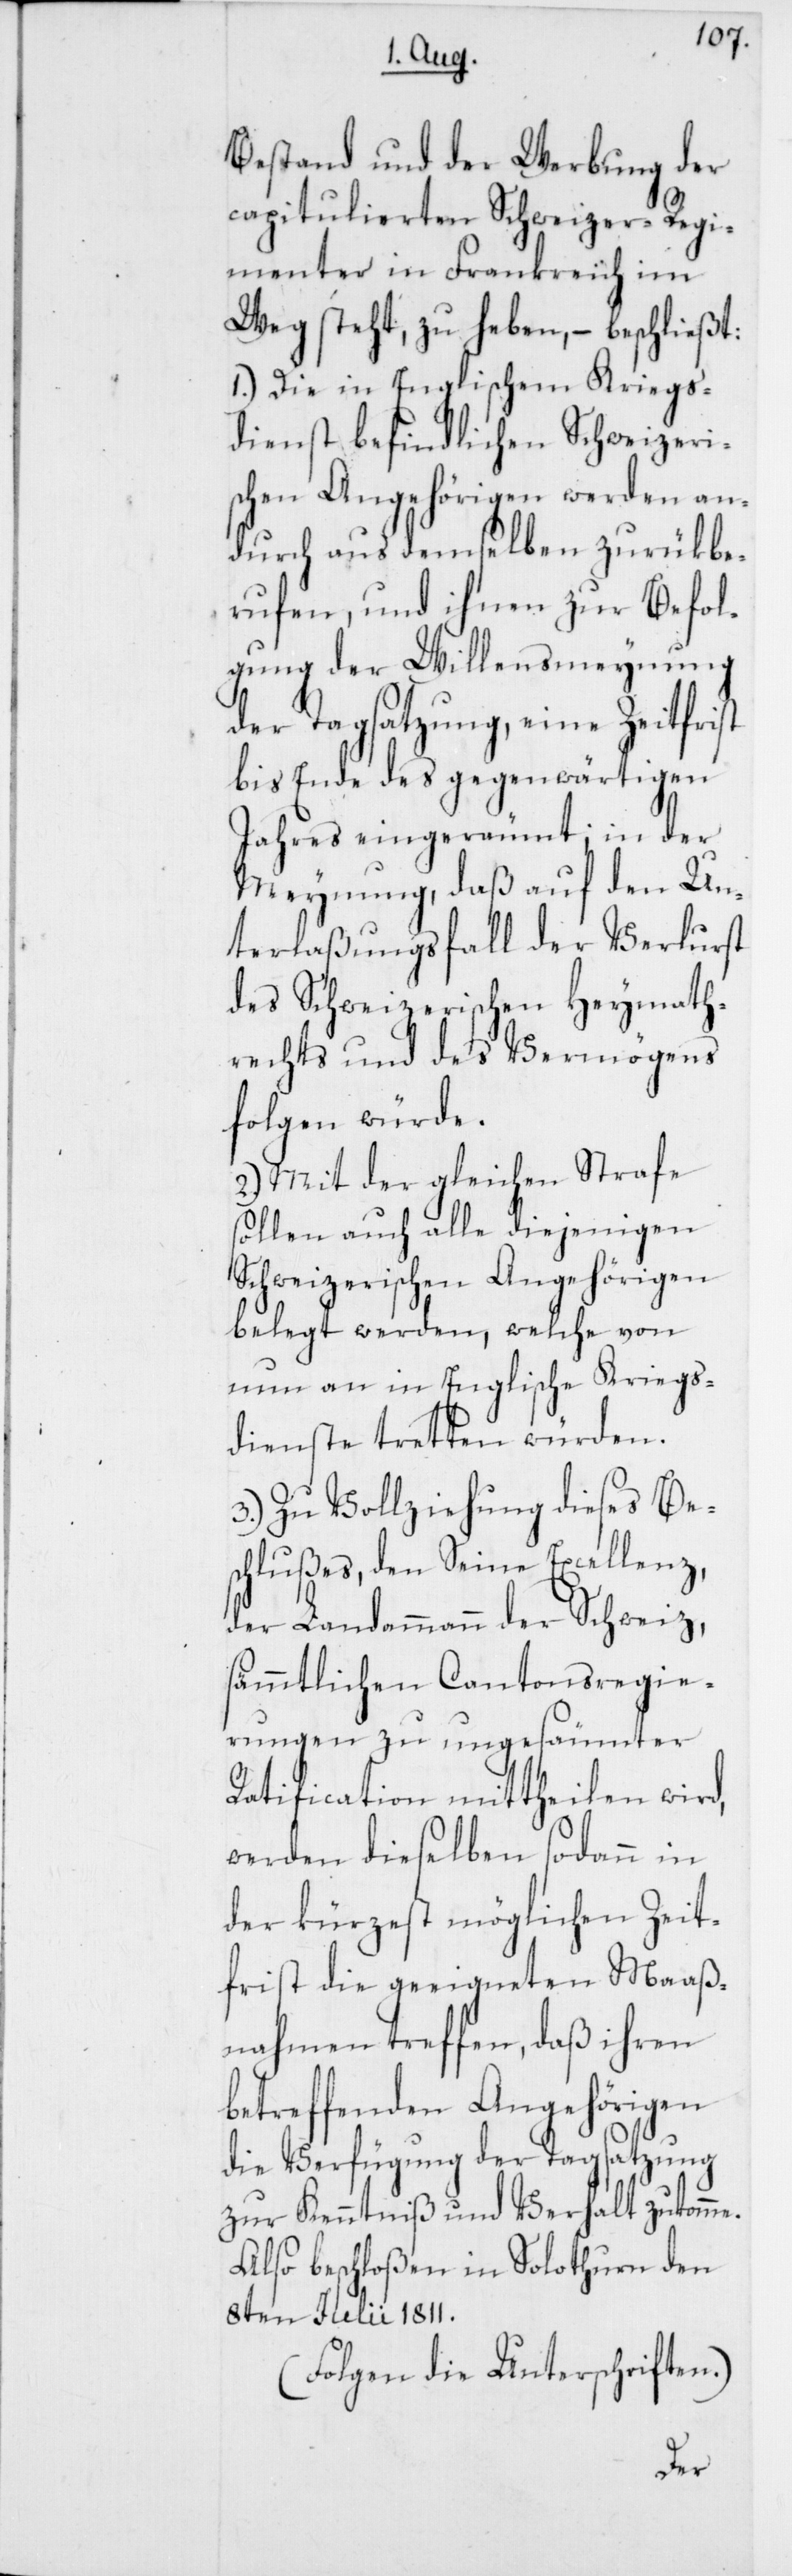
Bestand und der Werbung der
capitulierten Schweizer-Regi¬
menter in Frankreich im
Weg steht, zu heben, – beschließt:
1.) Die in Englischem Kriegs¬
dienst befindlichen Schweizeri¬
schen Angehörigen werden an¬
durch aus demselben zurükbe¬
rufen, und ihnen zur Befol¬
gung der Willensmeynung
der Tagsatzung, eine Zeitfrist
bis Ende des gegenwärtigen
Jahres eingeräumt; in der
Meynung, daß auf den Un¬
terlaßungsfall der Verlust
des Schweizerischen Heymath¬
rechts und des Vermögens
folgen würde.
2.) Mit der gleichen Strafe
sollen auch alle diejenigen
Schweizerischen Angehörigen
belegt werden, welche von
nun an in Englische Kriegs¬
dienste tretten würden.
3.) Zu Vollziehung dieses Be¬
schlußes, den Seine Excellenz,
der Landammann der Schweiz,
sämmtlichen Cantonsregie¬
rungen zu ungesäumter
Ratification mittheilen wird,
werden dieselben sodann in
der kürzest möglichen Zeit¬
frist die geeigneten Maaß¬
nahmen treffen, daß ihren
betreffenden Angehörigen
die Verfügung der Tagsatzung
zu Kenntniß und Verhalt zukomme.
Also beschloßen in Solothurn den
8ten Julii 1811.
(Folgen die Unterschriften.)